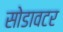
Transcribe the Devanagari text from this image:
सोडावटर